Annual report of the Bengal Veterinary College and of the Civil Veterinary Department, Bengal, for the year 1907-1908 - 1907-1908
Year: 1907
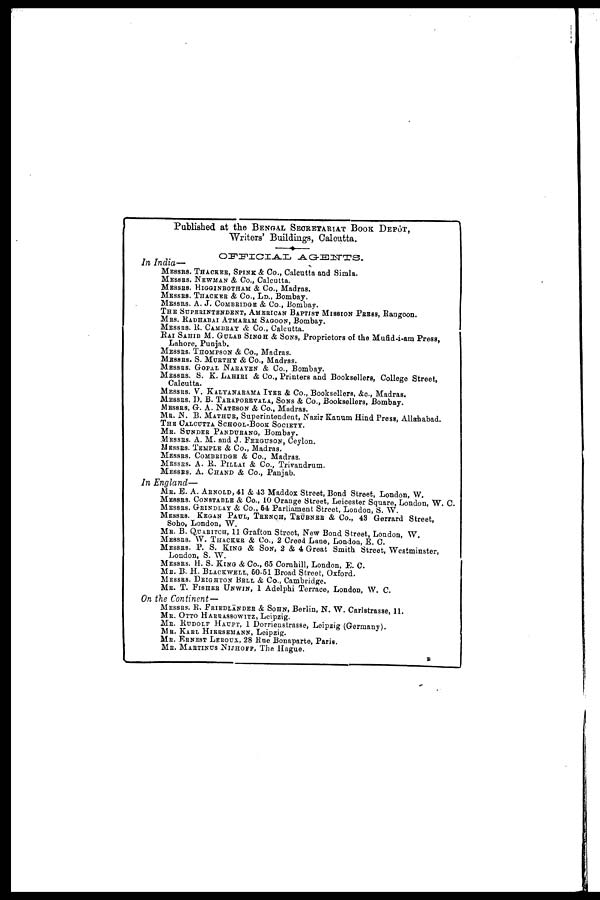
Published at the BENGAL SECRETARIAT BOOK DEPÔT,
Writers' Buildings, Calcutta.
OFFICIAL
AGENTS.
In India—
MESSRS. THACKER, SPINK & Co., Calcutta and Simla.
MESSRS. NEWMEN & Co., Calcutta.
MESSRS. HIGGNBOTHAM & Co., Madras.
MESSRS. THACKER & Co., LD., Bombay.
MESSRS. A. J. COMBRIDGE & Co., Bombay.
THE SUPERINTENDENT, AMERICAN BAPTIST MISSION PRESS, Rangoon.
MRS. RADHABAI ATMARAM SAGOON, Bombay.
MESSRS. R. CAMBRAY & Co., Calcutta.
RAI SAHIB M. GULAB SINGH & SONS, Proprietors of the Mufid-i-am Press,
Lahore, Punjab,
MESSRS. THOMPSON & Co., Madras.
MESSRS. S. MURTHY & Co., Madras.
MESSRS. GOPAL NARAYEN & Co., Bombay.
MESSRS. S. K. LAHIRI & Co., Printers and Booksellers, College Street,
Calcutta.
MESSRS. V. KALYANRAMA IYER & Co., Booksellers, &c., Madras.
MESSRS. D. B. TARAPOREWALA, SONS & Co., Booksellers, Bombay.
MESSRS, G. A. NATESON & Co., Madras.
MR. N. B. MATHUR, Superintendent, Nazir Kanum Hind Press, Allahabad.
THE CALCUTTA SCHOOL-BOOK SOCIETY.
MR. SUNDER PANDURANG, Bombay.
MESSRS. A. M. and J. FERGUSON, Ceylon.
MESSRS. TEMPLE & Co., Madras.
MESSRS. COMBRIDGE & Co., Madras.
MESSRS. A. R. PILLAI & Co., Trivandrum.
MESSRS. A. CHAND & Co., Panjab.
In England—
MR. E. A. ARNOLD, 41 & 43 Maddox Street, Bond Street, London, W.
MESSRS. CONSTABLE & Co., 10 Orange Street, Leicester Square, London, W. C.
MESSRS. GRINDLAY & Co., 54 Parliament Street, London, S. W.
MESSRS. KEGAN PAUL, TRENCH, TRÜBNER & Co., 43 Gerrard Street,
Soho, London, W.
MR. B. QUARITCH, 11 Grafton Street, New Bond Street, London, W.
MESSRS. W. THACKER & Co., 2 Creed Lane, London, E. C.
MESSRS. P. S. KING & SON, 2 & 4 Great Smith Street, Westminster,
London, S. W.
MESSRS. H. S. KING & Co., 65 Cornhill, London, E. C.
MR. B. H. BLACKWELL, 50-51 Broad Street, Oxford.
MESSRS. DEIGHTON BELL & Co., Cambridge.
MR. T. FISHER UNWIN, 1 Adelphi Terrace, London, W. C.
On the Continent—
MESSRS. E. FRIEDLÄNDER & SOHN, Berlin, N. W. Carlstrasse, 11.
MR. OTTO HARRASSOWITZ, Leipzig.
MR. RUDOLF HAUPT, 1 Dorrienstrasse, Leipzig (Germany).
MR. KARL HIERSEMANN, Leipzig.
MR. ERNEST LEROUX, 28 Rue Bonaparte, Paris.
MR. MARTINUS NIJHOFF, The Hague.
B